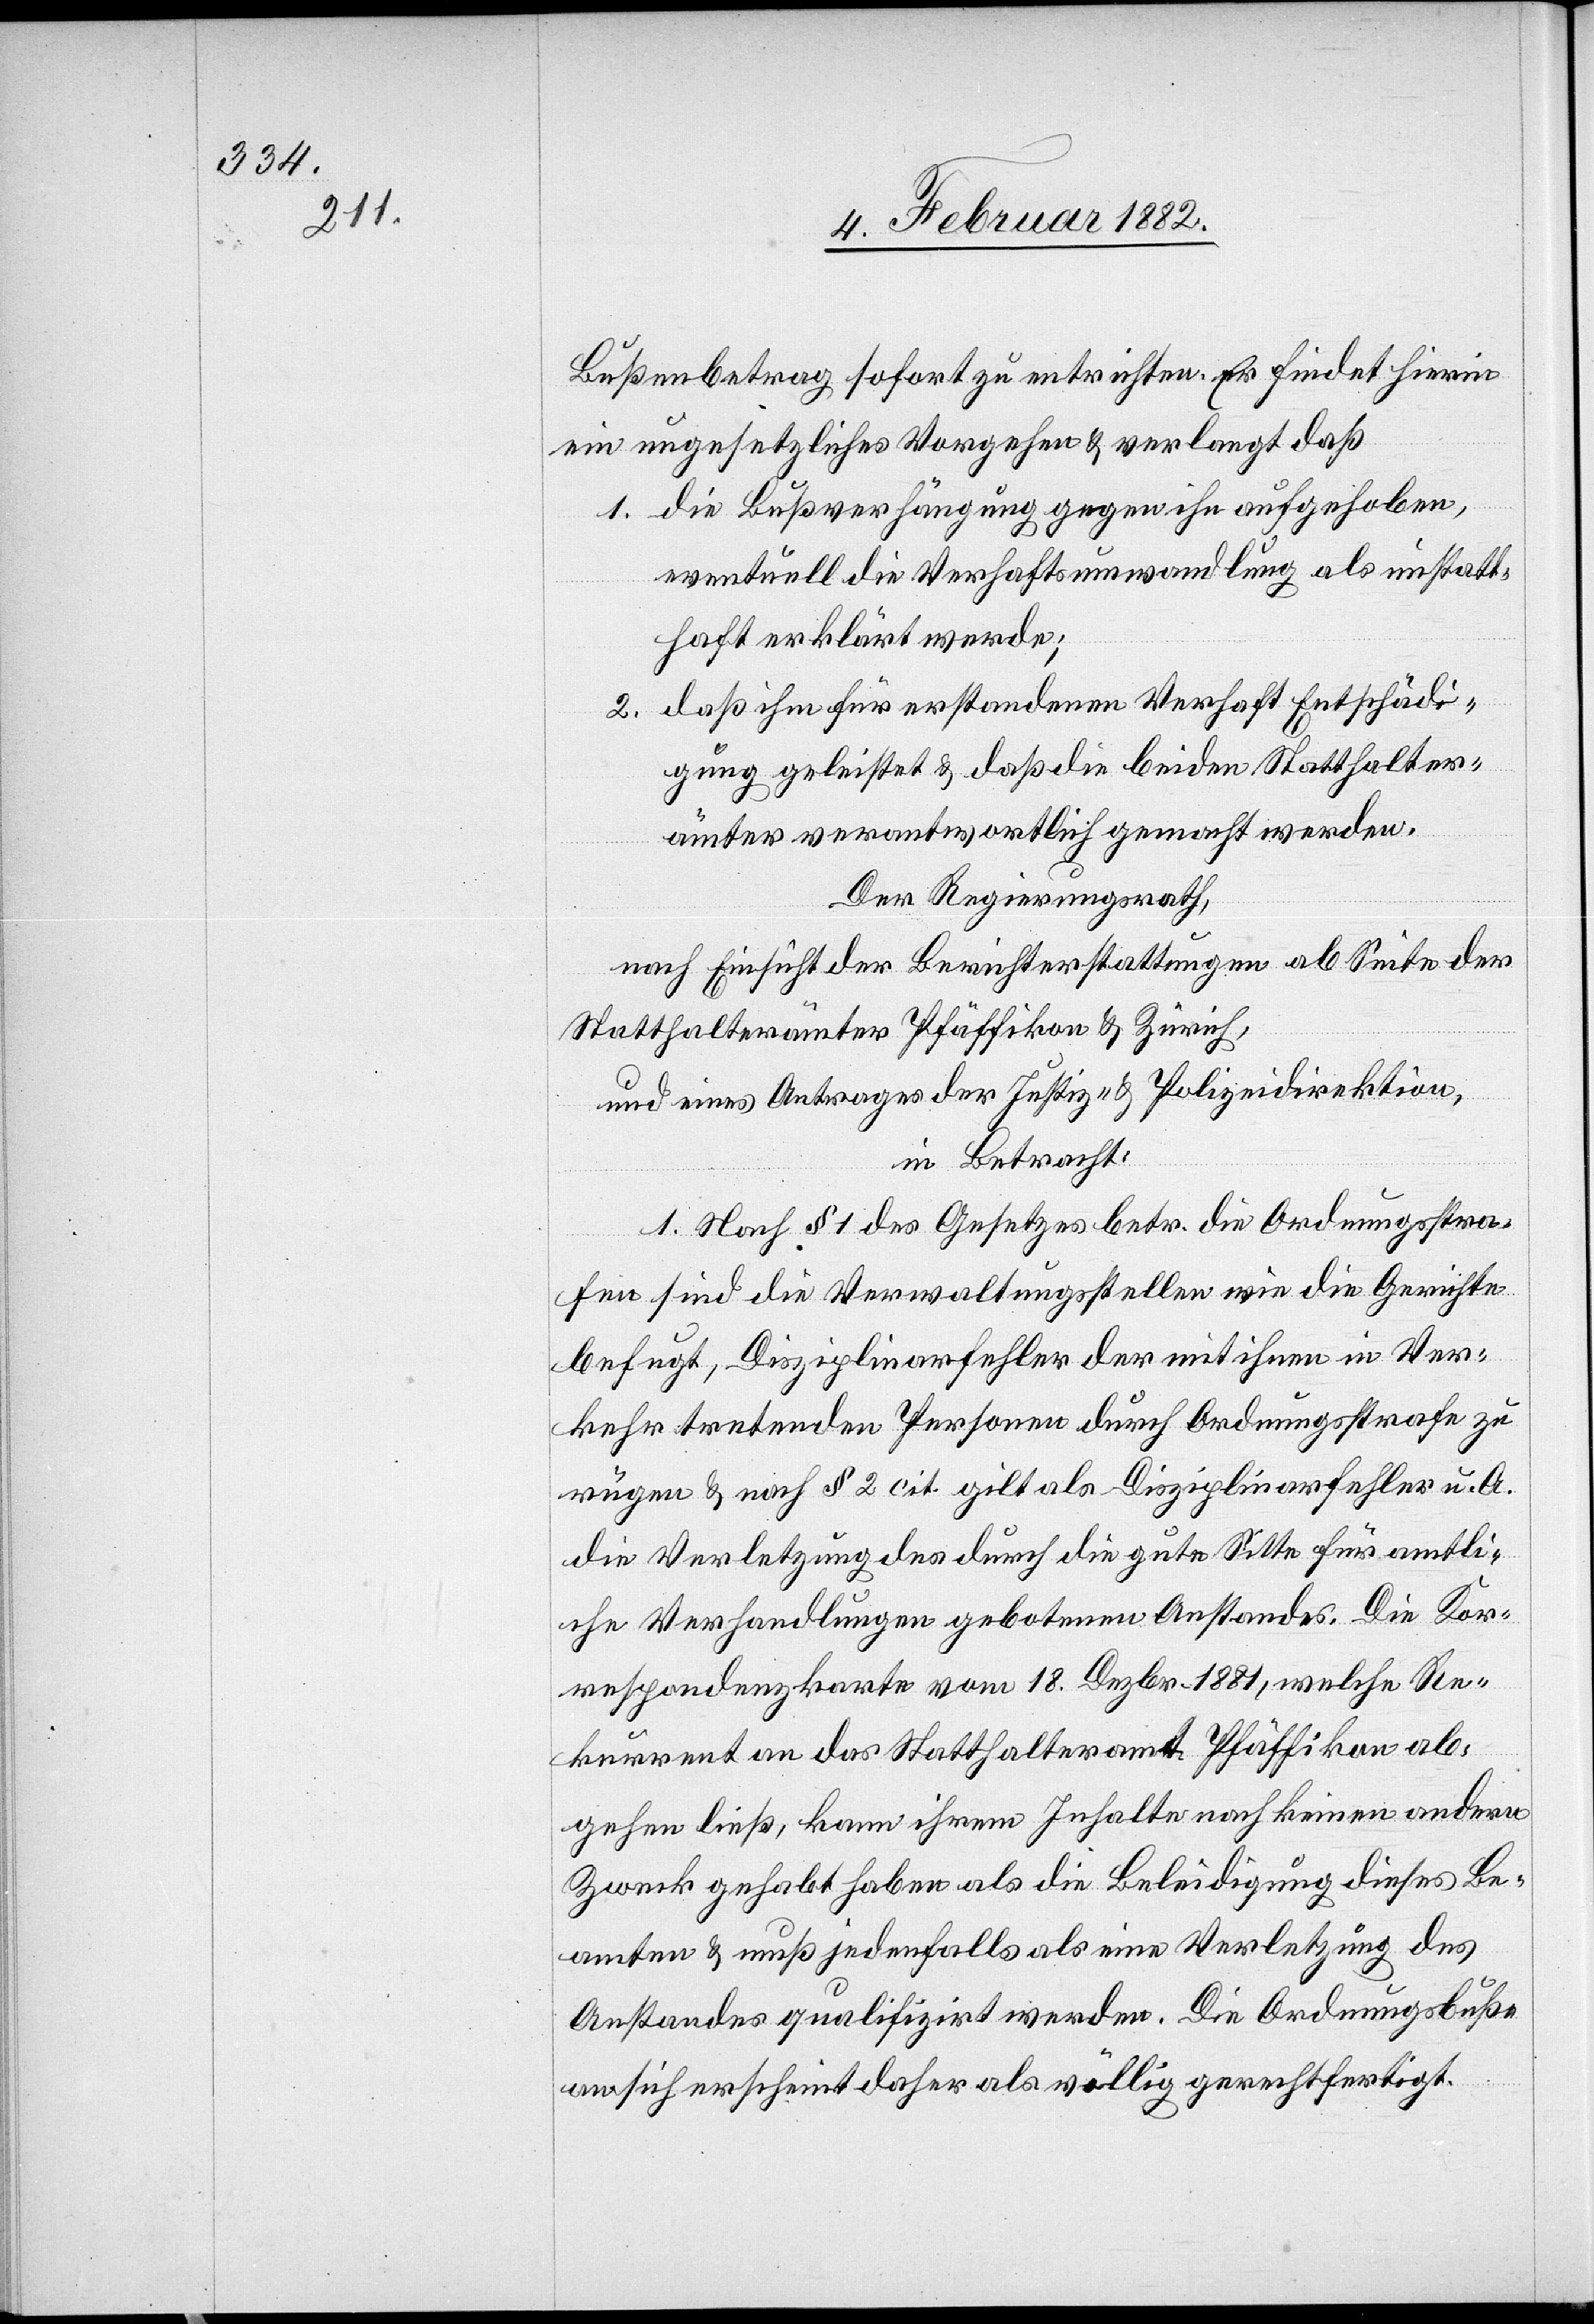
Bußenbetrag sofort zu entrichten. Er findet hierin
ein ungesetzliches Vorgehen & verlangt daß
1. die Bußverhängung gegen ihn aufgehoben,
eventuell die Verhaftsumwandlung als unstatt¬
haft erklärt werde;
2. daß ihm für erstandenen Verhaft Entschädi¬
gung geleistet & daß die beiden Statthalter¬
ämter verantwortlich gemacht werden.
Der Regierungsrath,
nach Einsicht der Berichterstattungen ab Seite der
Statthalterämter Pfäffikon & Zürich,
und eines Antrages der Justiz- & Polizeidirektion,
in Betracht:
1. Nach § 1 des Gesetzes betr. die Ordnungsstra¬
fen sind die Verwaltungsstellen wie die Gerichte
befugt, Disziplinarfehler der mit ihnen in Ver¬
kehr tretenden Personen durch Ordnungsstrafen zu
rügen & nach § 2 cit. gilt als Disziplinarfehler u. A.
die Verletzung des durch die gute Sitte für amtli¬
che Verhandlungen gebotenen Anstandes. Die Kor¬
respondenzkarte vom 18. Dezbr. 1881, welche Re¬
kurrent an das Statthalteramt Pfäffikon ab¬
gehen ließ, kann ihrem Inhalte nach keinen andern
Zweck gehabt haben als die Beleidigung dieses Be¬
amten & muß jedenfalls als eine Verletzung des
Anstandes qualifiziert werden. Die Ordnungsbuße
an sich erscheint daher als völlig gerechtfertigt.